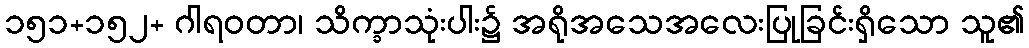
၁၅၁+၁၅၂+ ဂါရဝတာ၊ သိက္ခာသုံးပါး၌ အရိုအသေအလေးပြုခြင်းရှိသော သူ၏